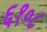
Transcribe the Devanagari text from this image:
६१०८